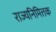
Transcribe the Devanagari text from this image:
राज्यनिमित्तक